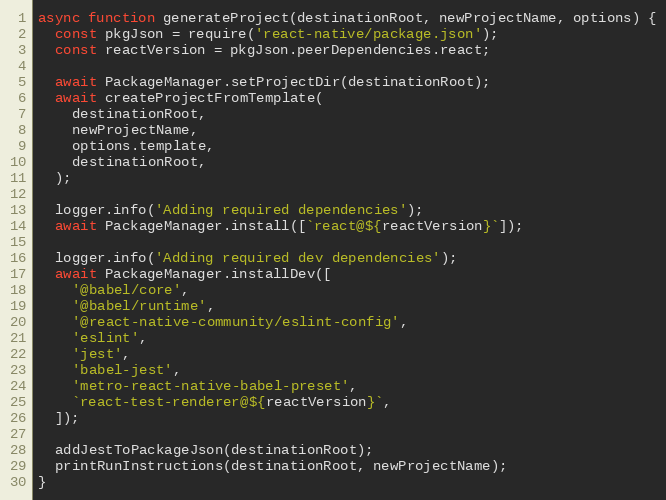
Language: JavaScript
async function generateProject(destinationRoot, newProjectName, options) {
  const pkgJson = require('react-native/package.json');
  const reactVersion = pkgJson.peerDependencies.react;

  await PackageManager.setProjectDir(destinationRoot);
  await createProjectFromTemplate(
    destinationRoot,
    newProjectName,
    options.template,
    destinationRoot,
  );

  logger.info('Adding required dependencies');
  await PackageManager.install([`react@${reactVersion}`]);

  logger.info('Adding required dev dependencies');
  await PackageManager.installDev([
    '@babel/core',
    '@babel/runtime',
    '@react-native-community/eslint-config',
    'eslint',
    'jest',
    'babel-jest',
    'metro-react-native-babel-preset',
    `react-test-renderer@${reactVersion}`,
  ]);

  addJestToPackageJson(destinationRoot);
  printRunInstructions(destinationRoot, newProjectName);
}